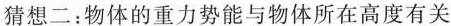
猜想二：物体的重力势能与物体所在高度有关